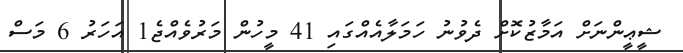
ޝީޢީންނަށް އަމާޒުކޮށް ދެވުނު ހަމަލާއެއްގައި 41 މީހުން މަރުވެއްޖެ1 އަހަރު 6 މަސް